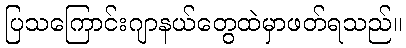
ပြသကြောင်းဂျာနယ်တွေထဲမှာဖတ်ရသည်။